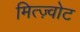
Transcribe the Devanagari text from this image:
मित्ज़्वोट